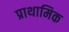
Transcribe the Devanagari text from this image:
प्राथामिक